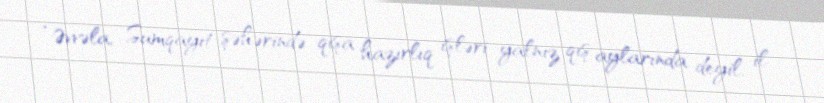
“Əvvəla, Sumqayıt şəhərində qışa hazırlıq işləri yalnız qış aylarında deyil, il